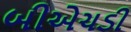
બીએચડી